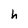
Character: h